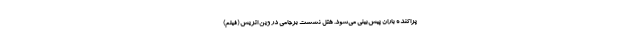
پراکنده باران پیش‌بینی می‌شود. هتل نشست برجامی در وین اتریش (فیلم)